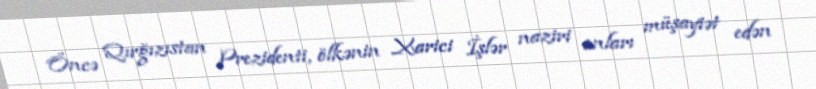
Öncə Qırğızıstan Prezidenti, ölkənin Xarici İşlər naziri onları müşayiət edən